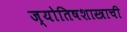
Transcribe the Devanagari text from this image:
ज्योतिषशास्त्राची